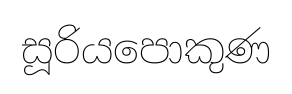
සූරියපොකුණ